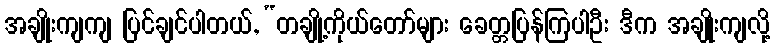
အချိုးကျကျ ပြင်ချင်ပါတယ်, “တချို့ကိုယ်တော်များ ခေတ္တပြန်ကြပါဦး ဒီက အချိုးကျလို့